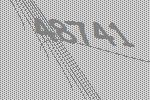
48741